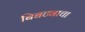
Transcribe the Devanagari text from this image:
बिबट्याचा